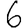
Digit: 6